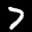
Label: 7